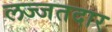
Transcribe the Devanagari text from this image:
लज्जतदार